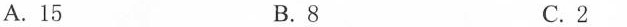
A.15 B.8 C.2